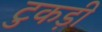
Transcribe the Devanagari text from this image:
टुकड़ी